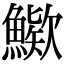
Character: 𩺶